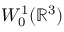
W _ { 0 } ^ { 1 } ( { \mathbb R } ^ { 3 } )